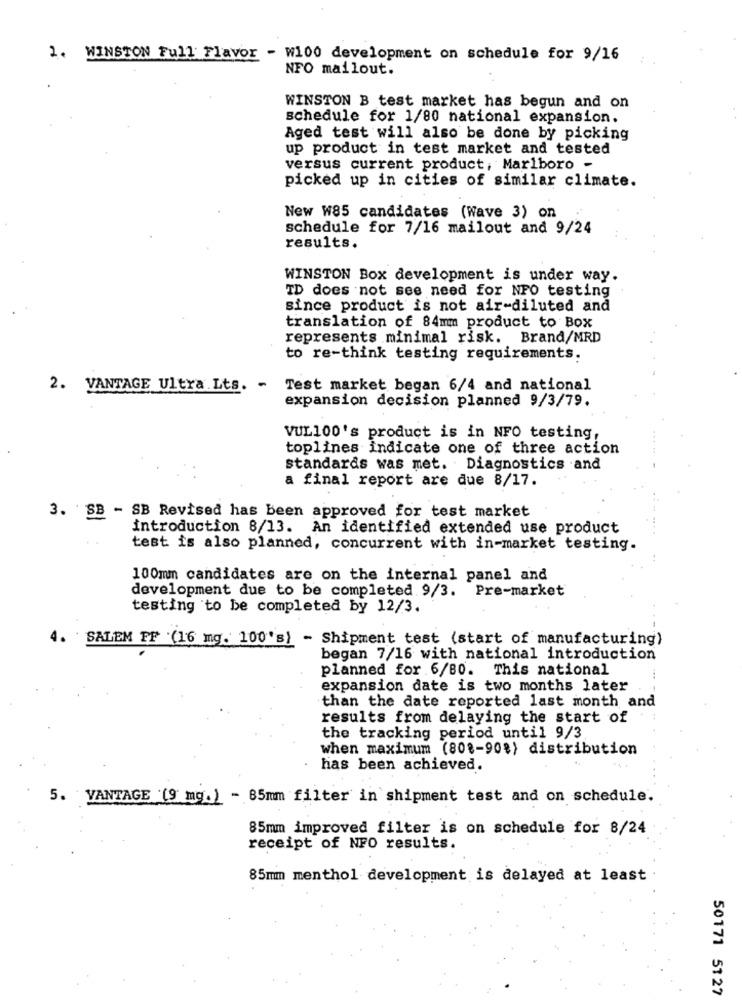
1. WINSTON Full Flavor - W100 development on schedule for 9/16
NFO mailout.
WINSTON B test market has begun and on
schedule for 1/80 national expansion.
Aged test will also be done by picking
up product in test market and tested
versus current product, Marlboro -
picked up in cities of similar climate.
New W85 candidates (Wave 3) on
schedule for 7/16 mailout and 9/24
results.
WINSTON Box development is under way.
TD does not see need for NFO testing
since product is not air-diluted and
translation of 84mm product to Box
represents minimal risk. Brand/MRD
to re-think testing requirements.
2. VANTAGE Ultra.Lts. - Test market began 6/4 and national
expansion decision planned 9/3/79.
VUL100's product is in NFO testing,
toplines indicate one of three action
standards was met. Diagnostics .and
a final report are due 8/17.
3. SB - SB Revised has been approved for test market
introduction 8/13. An identified extended use product
test is also planned, concurrent with in-market testing.
100mm candidates are on the internal panel and
development due to be completed 9/3. Pre-market
testing to be completed by 12/3.
4.
SALEM FF '(16 mg. 100's) - Shipment test (start of manufacturing)
began 7/16 with national introduction
planned for 6/80. This national
expansion date is two months later
than the date reported last month and
results from delaying the start of
the tracking period until 9/3
when maximum (80 ?- 90%) distribution
has been achieved.
5. VANTAGE (9 mg.) - 85mm filter in shipment test and on schedule.
85mm improved filter is on schedule for 8/24
receipt of NFO results.
85mm menthol development is delayed at least
50171 51 27